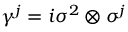
\gamma ^ { j } = i \sigma ^ { 2 } \otimes \sigma ^ { j }